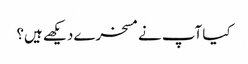
کیا آپ نے مسخرے دیکھے ہیں؟